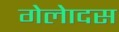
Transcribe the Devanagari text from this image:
गेलेादस